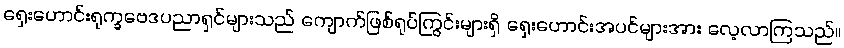
ရှေးဟောင်းရုက္ခဗေဒပညာရှင်များသည် ကျောက်ဖြစ်ရုပ်ကြွင်းများရှိ ရှေးဟောင်းအပင်များအား လေ့လာကြသည်။